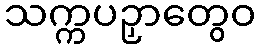
သက္ကပဉှာတွေဝ